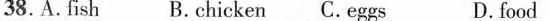
38.A.Fish B. Chicken C.Eggs D.food